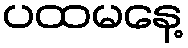
ပထမနေ့